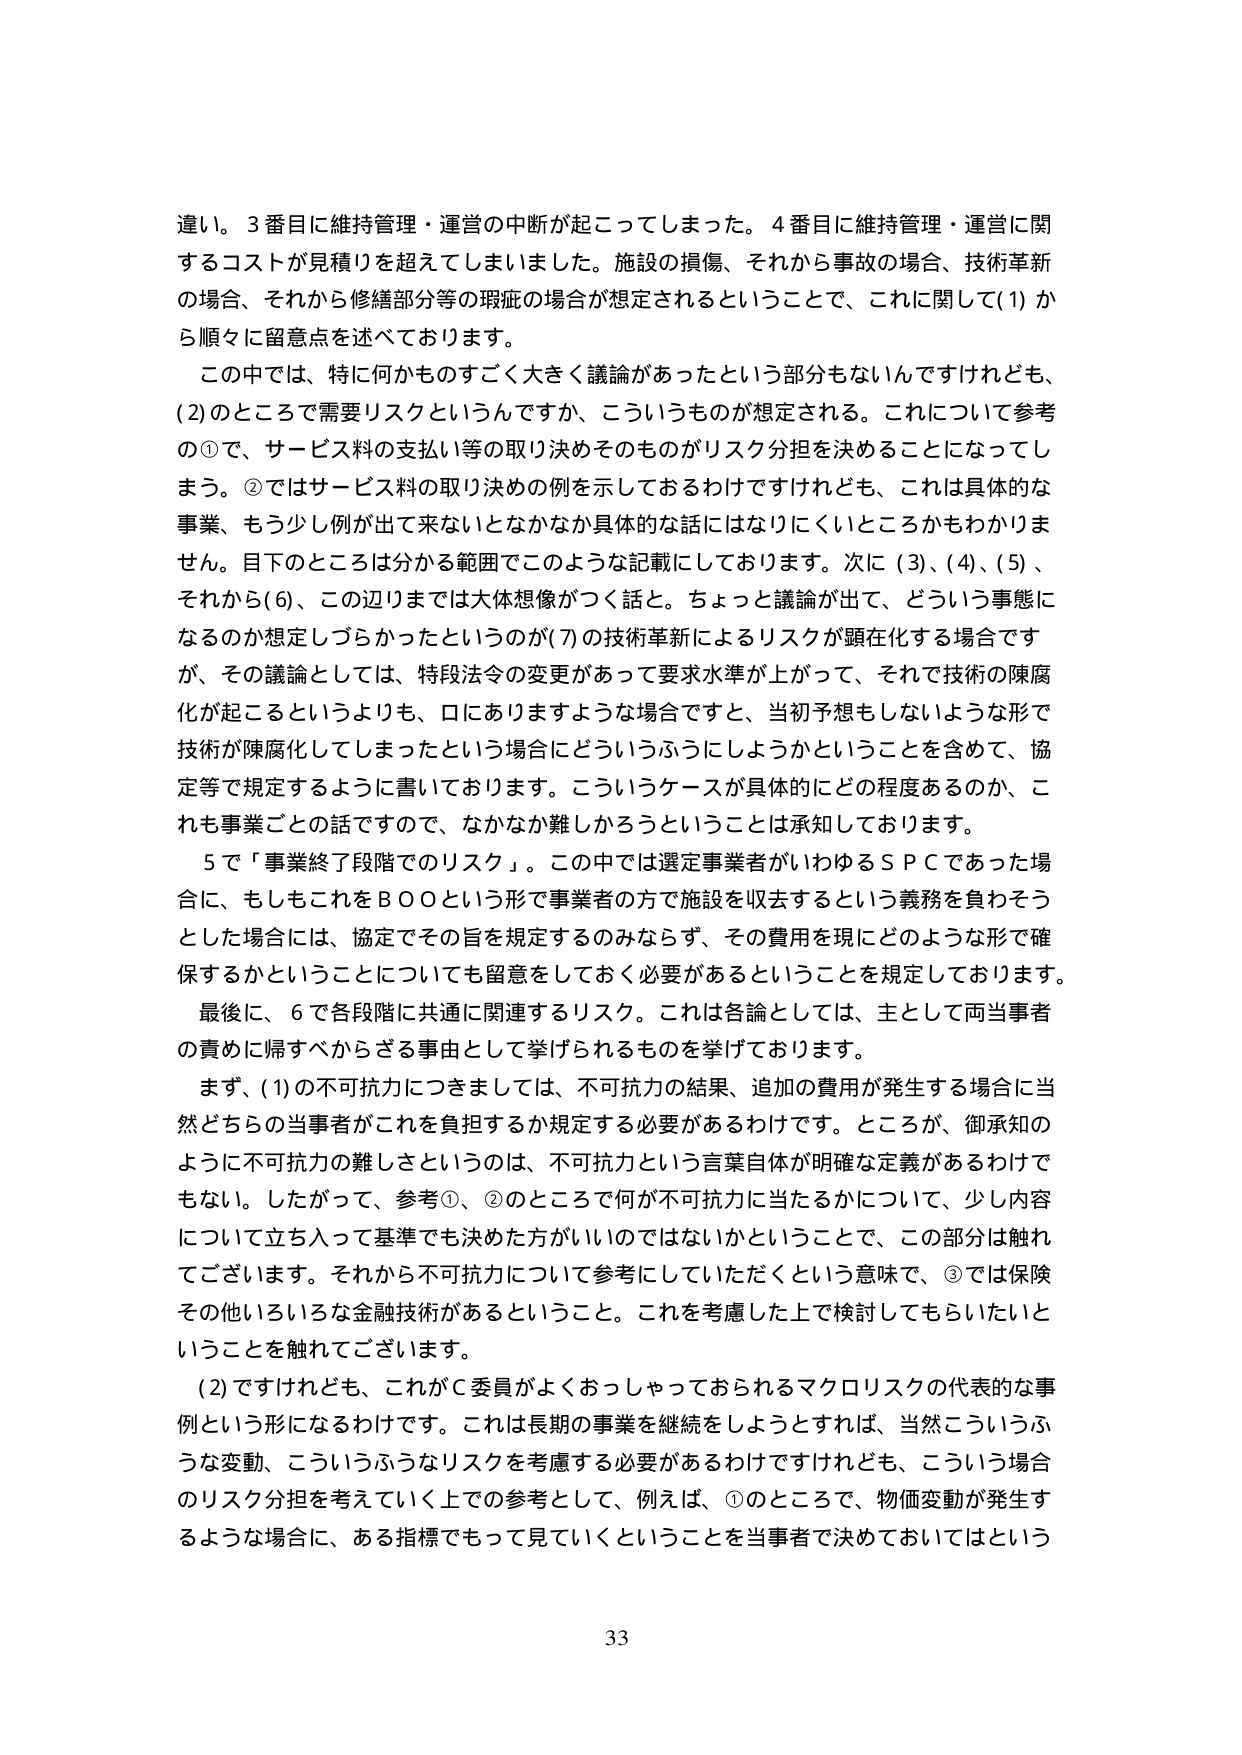
違い。3番目に維持管理・運営の中断が起こってしまった。4番目に維持管理・運営に関するコストが見積りを超えてしまいました。施設の損傷、それから事故の場合、技術革新の場合、それから修繕部分等の瑕疵の場合が想定されるということで、これに関して(1)から順々に留意点を述べております。

この中では、特に何かものすごく大きく議論があったという部分もないんですけれども、(2)のところで需要リスクというんですか、こういうものが想定される。これについて参考の①で、サービス料の支払い等の取り決めそのものがリスク分担を決めることになってします。②ではサービス料の取り決めの例を示しておるわけですけれども、これは具体的な事業、もう少し例が出て来ないとなかなか具体的な話にはなりにくいところかもわかりません。目下のところは分かる範囲でこのような記載にしております。次に(3)、(4)、(5)、それから(6)、この辺りまでは大体想像がつく話と。ちょっと議論が出て、どういう事態になるのか想定しづらかったというのが(7)の技術革新によるリスクが顕在化する場合ですが、その議論としては、特段法令の変更があって要求水準が上がって、それで技術の陳腐化が起こるというよりも、口にありますような場合ですと、当初予想もしないような形で技術が陳腐化してしまったという場合にどういうふうにしようかということを含めて、協定等で規定するように書いております。こういうケースが具体的にどの程度あるのか、これも事業ごとの話ですので、なかなか難しかろうということは承知しております。

5で「事業終了段階でのリスク」。この中では選定事業者がいわゆるＳＰＣであった場合に、もしもこれをＢＯＯという形で事業者の方で施設を収去するという義務を負わそうとした場合には、協定でその旨を規定するのみならず、その費用を現にどのような形で確保するかということについても留意をしておく必要があるということを規定しております。

最後に、6で各段階に共通に関連するリスク。これは各論としては、主として両当事者の責めに帰すべきかざる事由として挙げられるものを挙げております。

まず、(1)の不可抗力につきましては、不可抗力の結果、追加の費用が発生する場合に当然どちらの当事者がこれを負担するか規定する必要があるわけです。ところが、御承知のように不可抗力の難しさというのは、不可抗力という言葉自体が明確な定義があるわけでもない。したがって、参考①、②のところで何が不可抗力に当たるかについて、少し内容について立ち入って基準でも決めた方がいいのではないかということで、この部分は触れています。それから不可抗力について参考にしていただくという意味で、③では保険その他いろいろな金融技術があるということ。これを考慮した上で検討してもらいたいということを触れてございます。

(2)ですけれども、これが委員がよくおっしゃっておられるマクロリスクの代表的な事例という形になるわけです。これは長期の事業を継続をしようとするれば、当然こういうふうな変動、こういうふうなリスクを考慮する必要があるわけですが、こういう場合のリスク分担を考えていく上での参考として、例えば、①のところで、物価変動が発生するような場合に、ある指標でもって見ていくということを当事者で決めておいてはという

33